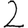
Digit: 2